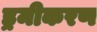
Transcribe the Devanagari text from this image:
ड्रमीकरण